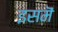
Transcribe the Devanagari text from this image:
इसमॆं